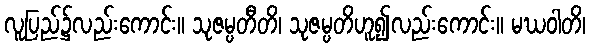
လူပြည်၌လည်းကောင်း။ သုဇမ္ပတီတိ၊ သုဇမ္ပတိဟူ၍လည်းကောင်း။ မဃဝါတိ၊